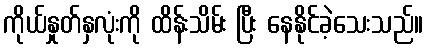
ကိုယ်နှုတ်နှလုံးကို ထိန်းသိမ်း ပြီး နေနိုင်ခဲ့သေးသည်။